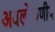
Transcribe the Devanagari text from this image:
अवलोकणीय